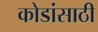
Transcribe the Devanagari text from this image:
कोडांसाठी